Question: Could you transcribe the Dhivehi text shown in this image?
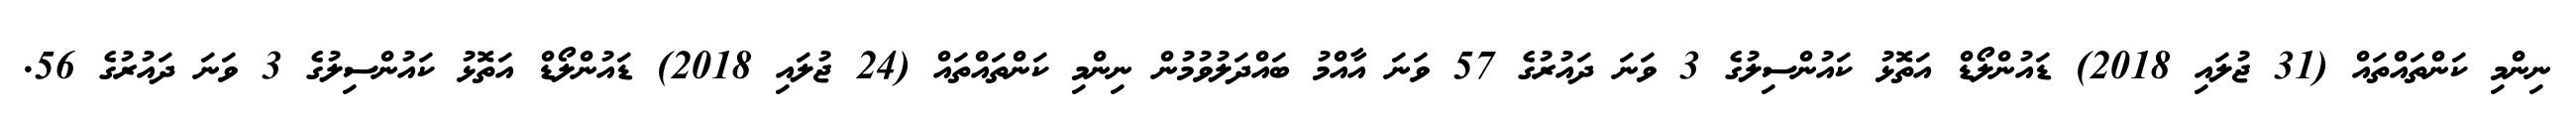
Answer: ނިންމި ކަންތައްތައް (31 ޖުލައި 2018) ޑައުންލޯޑް އަތޮޅު ކައުންސިލުގެ 3 ވަނަ ދައުރުގެ 57 ވަނަ އާއްމު ބައްދަލުވުމުން ނިންމި ކަންތައްތައް (24 ޖުލައި 2018) ޑައުންލޯޑް އަތޮޅު ކައުންސިލުގެ 3 ވަނަ ދައުރުގެ 56.